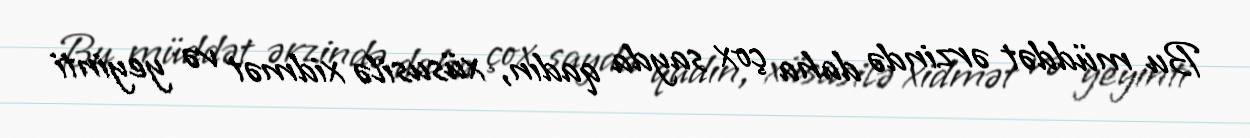
Bu müddət ərzində daha çox sayda qadın, xüsusilə xidmət və yeyinti